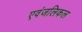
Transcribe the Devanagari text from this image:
एवंजलिकल